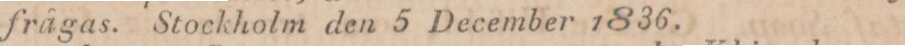
frågas. Stockholm den 5 December 1836.